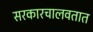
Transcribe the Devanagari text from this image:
सरकारचालवतात